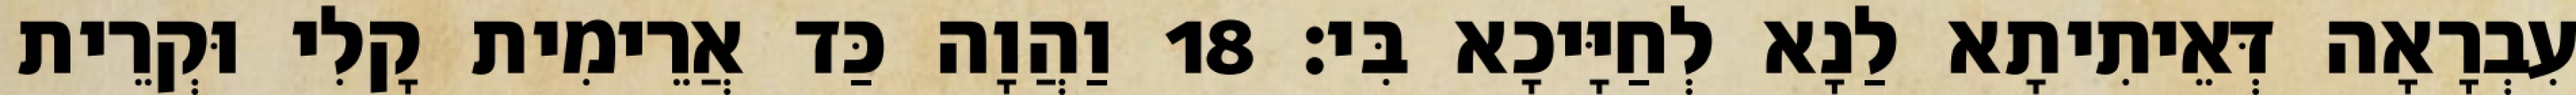
עִבְרָאָה דְּאֵיתִיתָא לַנָא לְחַיָּיכָא בִּי׃ 18 וַהֲוָה כַּד אֲרֵימִית קָלִי וּקְרֵית